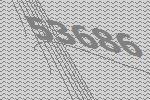
53686